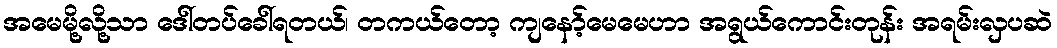
အမေမို့လို့သာ ဒေါ်တပ်ခေါ်ရတယ်၊ တကယ်တော့ ကျနော့်မေမေဟာ အရွယ်ကောင်းတုန်း အရမ်းလှပဆဲ